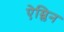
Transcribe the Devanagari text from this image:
ऐम्लिन